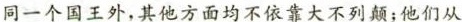
同一个国王外，其他方面均不依靠大不列颠；他们从